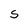
Character: S